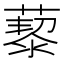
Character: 𦾅